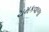
ચમકવાળા